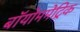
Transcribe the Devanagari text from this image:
बॉयोममेट्रिक